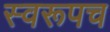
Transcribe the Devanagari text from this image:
स्वरूपच